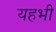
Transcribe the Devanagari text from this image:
यहभी